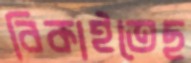
বিকাইতেছ